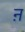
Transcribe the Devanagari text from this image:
ऩ